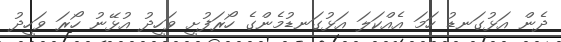
ދެން އަޅުގަނޑު ހަމަ އެއްކަލަ އަޅުގަނޑުމެންގެ ހޯރަފުށީ ވަހީދު އުޅޭނު ހޯރަ ވަހީދު